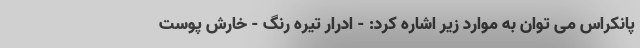
پانکراس می توان به موارد زیر اشاره کرد: - ادرار تیره رنگ - خارش پوست